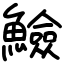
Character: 䲓